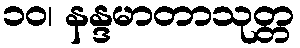
၁၀၊ နန္ဒမာတာသုတ္တ